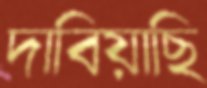
দাবিয়াছি